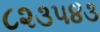
૮૨૩૫૪૩